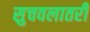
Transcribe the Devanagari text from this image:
सुचवलातरी